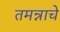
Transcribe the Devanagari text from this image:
तमन्नाचे